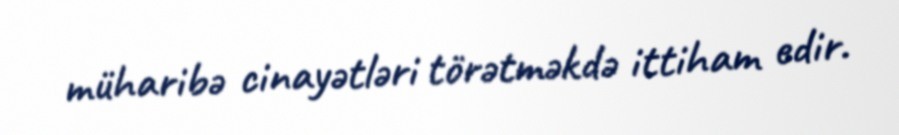
müharibə cinayətləri törətməkdə ittiham edir.